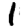
Digit: 1